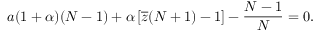
a ( 1 + \alpha ) ( N - 1 ) + \alpha \left[ \overline { z } ( N + 1 ) - 1 \right] - \frac { N - 1 } { N } = 0 .